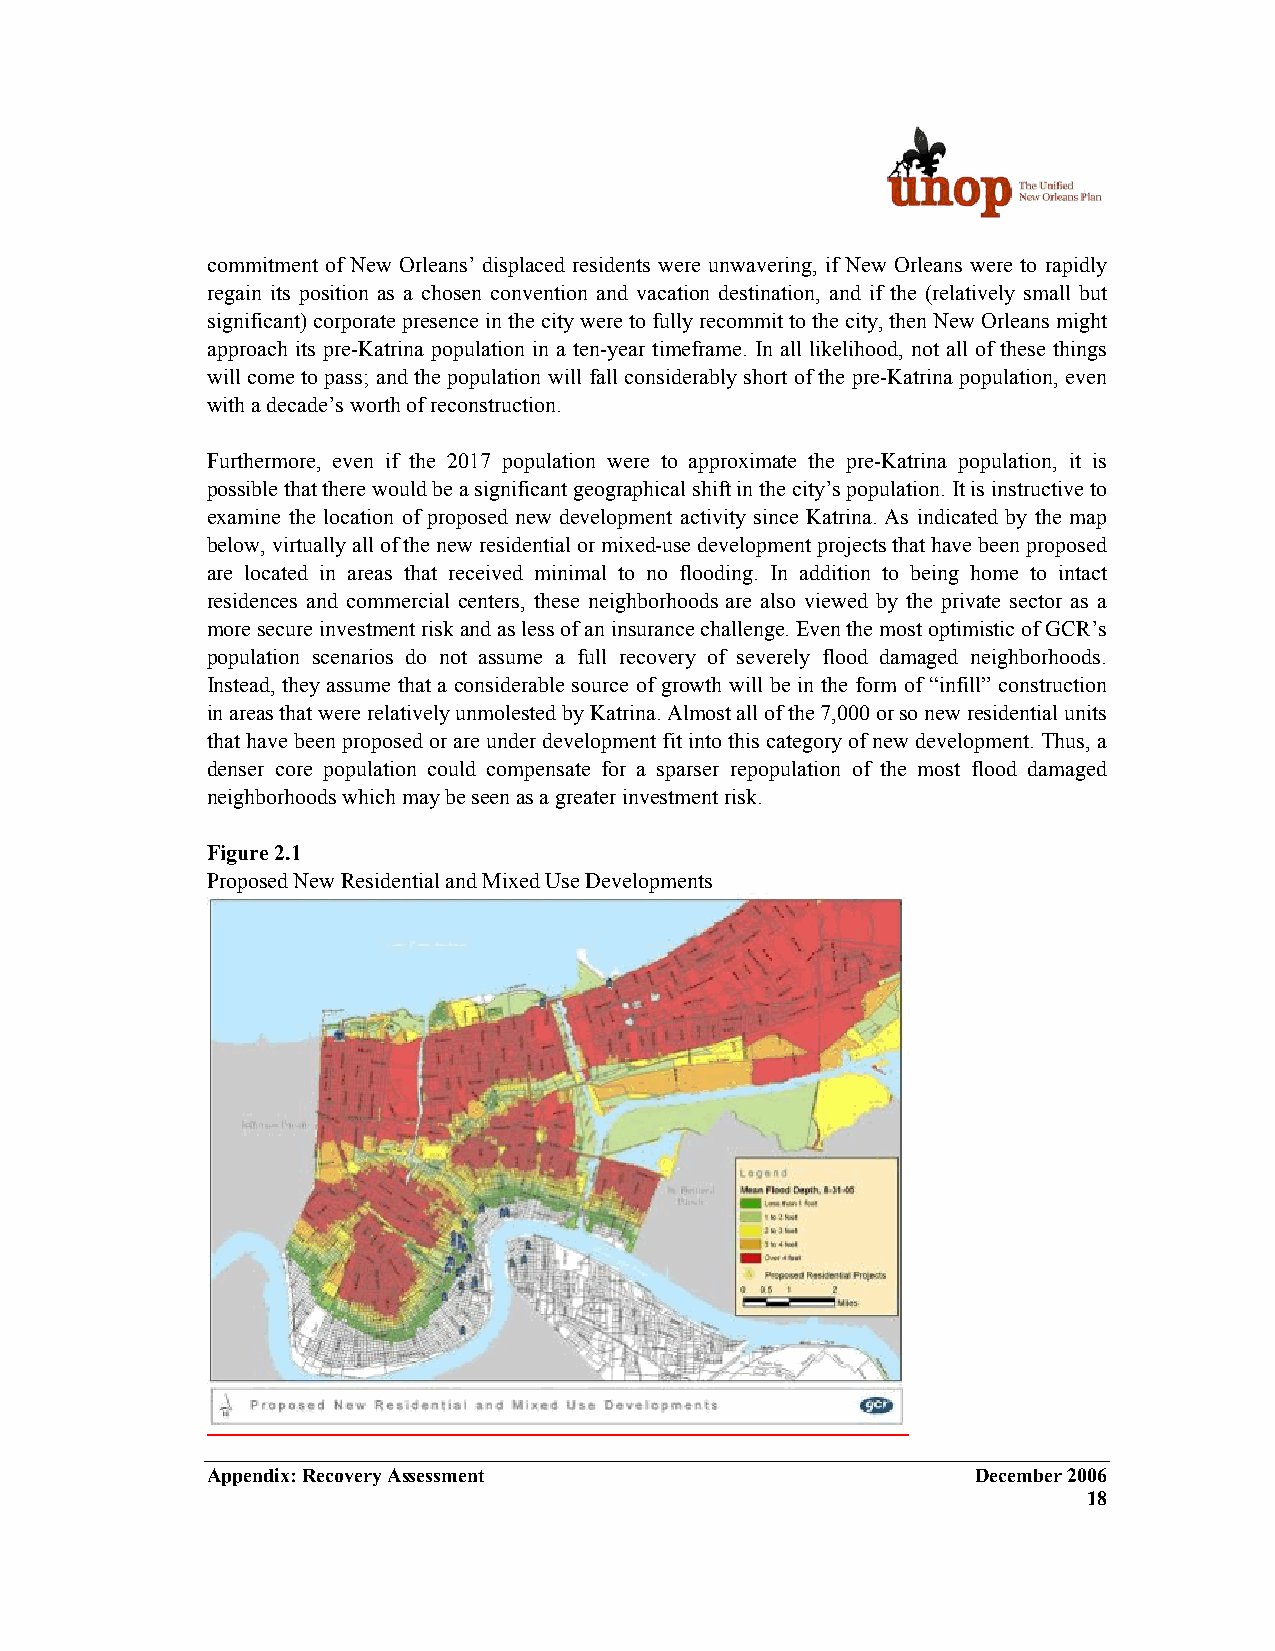
commitment of New Orleans’ displaced residents were unwavering, if New Orleans were to rapidly
 regain its position as a chosen convention and vacation destination, and if the (relatively small but
 significant) corporate presence in the city were to fully recommit to the city, then New Orleans might
 approach its pre-Katrina population in a ten-year timeframe. In all likelihood, not all of these things
 will come to pass; and the population will fall considerably short of the pre-Katrina population, even
 with a decade’s worth of reconstruction.
 Furthermore, even if the 2017 population were to approximate the pre-Katrina population, it is
 possible that there would be a significant geographical shift in the city’s population. It is instructive to
 examine the location of proposed new development activity since Katrina. As indicated by the map
 below, virtually all of the new residential or mixed-use development projects that have been proposed
 are located in areas that received minimal to no flooding. In addition to being home to intact
 residences and commercial centers, these neighborhoods are also viewed by the private sector as a
 more secure investment risk and as less of an insurance challenge. Even the most optimistic of GCR’s
 population scenarios do not assume a full recovery of severely flood damaged neighborhoods.
 Instead, they assume that a considerable source of growth will be in the form of “infill” construction
 in areas that were relatively unmolested by Katrina. Almost all of the 7,000 or so new residential units
 that have been proposed or are under development fit into this category of new development. Thus, a
 denser core population could compensate for a sparser repopulation of the most flood damaged
 neighborhoods which may be seen as a greater investment risk.
 Figure 2.1
 Proposed New Residential and Mixed Use Developments
 Appendix: Recovery Assessment                      December 2006
 18